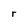
Character: r